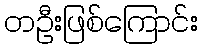
တဦးဖြစ်ကြောင်း